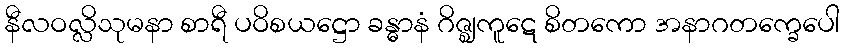
နီလဝလ္လိသုမနာ စာရီ ပဝိစယဋ္ဌော ခန္ဓာနံ ဂိဇ္ဈကူဋေ စိတကော အနာဂတက္ခေပေါ